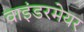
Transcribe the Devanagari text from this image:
वाइंडरमेयर